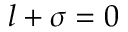
l + \sigma = 0